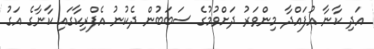
އަދި ކާނާ އުފައްދާ މިންވަރު ދަށްވުމުގެ ސަބަބުން ދެކުނު އެފްރިކާގައި ކާނާގެ އަގު